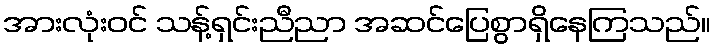
အားလုံးဝင် သန့်ရှင်းညီညာ အဆင်ပြေစွာရှိနေကြသည်။